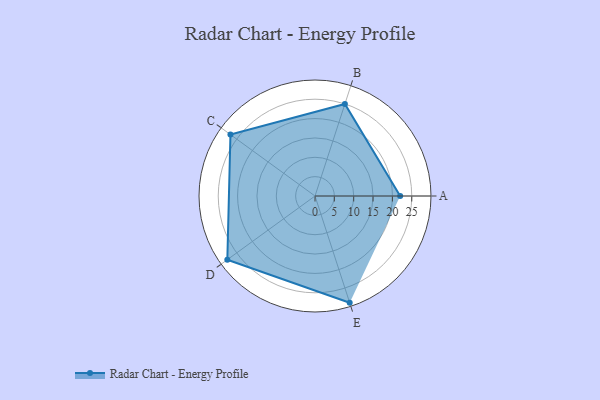
{"axis": {"x": "Skill", "y": "Score"}, "legend": ["Profile"], "data": [{"x": "A", "y": 22.0, "type": "Profile"}, {"x": "B", "y": 25.0, "type": "Profile"}, {"x": "C", "y": 27.0, "type": "Profile"}, {"x": "D", "y": 28.0, "type": "Profile"}, {"x": "E", "y": 29.0, "type": "Profile"}]}